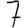
Digit: 7